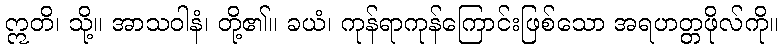
ဣတိ၊ သို့။ အာသဝါနံ၊ တို့၏။ ခယံ၊ ကုန်ရာကုန်ကြောင်းဖြစ်သော အရဟတ္တဖိုလ်ကို။